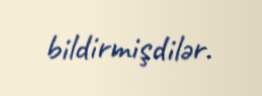
bildirmişdilər.